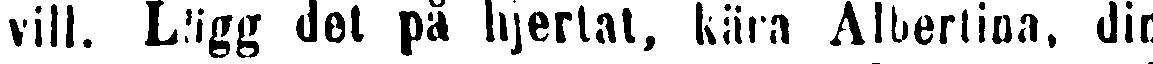
vill. Lägg det på hjertat, kära Albertina, din